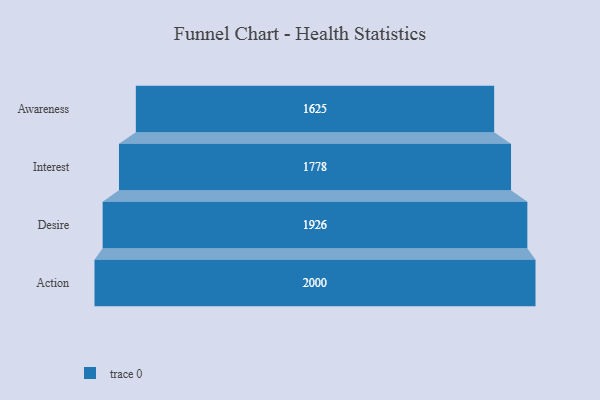
{"axis": {"x": "Stage", "y": "Value"}, "legend": [""], "data": [{"x": "Awareness", "y": 1625.0, "type": ""}, {"x": "Interest", "y": 1778.0, "type": ""}, {"x": "Desire", "y": 1926.0, "type": ""}, {"x": "Action", "y": 2000, "type": ""}]}